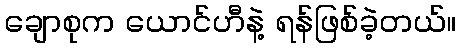
ချောစုက ယောင်ဟီနဲ့ ရန်ဖြစ်ခဲ့တယ်။